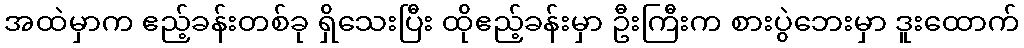
အထဲမှာက ဧည့်ခန်းတစ်ခု ရှိသေးပြီး ထိုဧည့်ခန်းမှာ ဦးကြီးက စားပွဲဘေးမှာ ဒူးထောက်